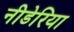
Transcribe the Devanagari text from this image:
नीडेरिया